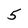
Character: 5